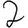
Digit: 2